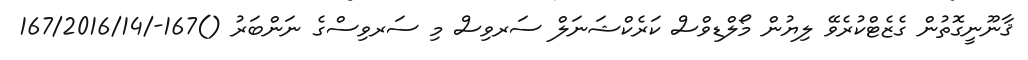
ޤާނޫނީގޮތުން ގެޒެޓްކުރެވޭ ލިޔުން މޯލްޑިވްސް ކަރެކްޝަނަލް ސަރވިސް މި ސަރވިސްގެ ނަންބަރު ()167-/167/2016/14